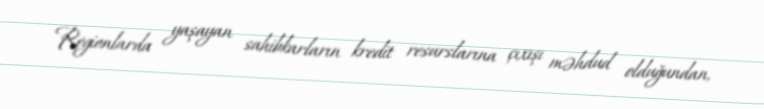
Regionlarda yaşayan sahibkarların kredit resurslarına çıxışı məhdud olduğundan,